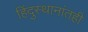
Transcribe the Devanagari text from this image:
हिंदुस्थानांतही